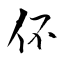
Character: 伓